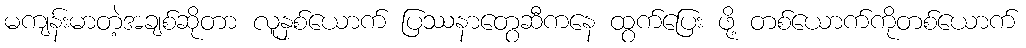
မကျန်းမာတဲ့အချစ်ဆိုတာ လူနှစ်ယောက် ပြဿနာတွေဆီကနေ ထွက်ပြေး ဖို့ တစ်ယောက်ကိုတစ်ယောက်